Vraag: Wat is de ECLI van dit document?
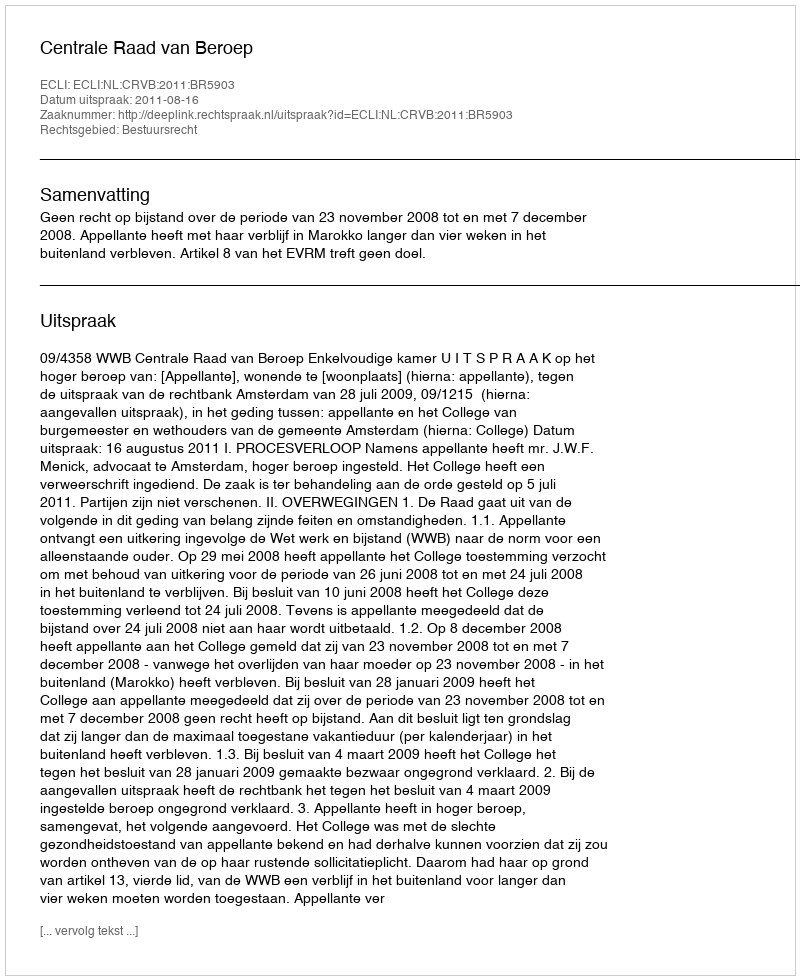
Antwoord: ECLI:NL:CRVB:2011:BR5903